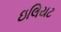
ઇલિયટ